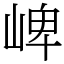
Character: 崥